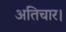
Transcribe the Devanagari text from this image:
अतिचार।